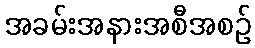
အခမ်းအနားအစီအစဉ်